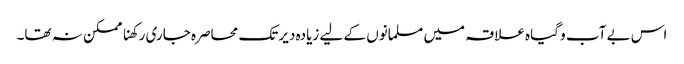
اس بے آب و گیاہ علاقہ میں مسلمانوں کے لیے زیادہ دیر تک محاصرہ جاری رکھنا ممکن نہ تھا۔